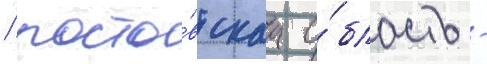
/ росто́вскаа о́бласть -